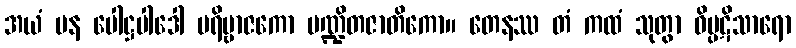
အယံ ပန ပေါဋ္ဌပါဒေါ ပရိဗ္ဗာဇကော ပဏ္ဍိတဇာတိကော။ တေနဿ တံ ကထံ သုတွာ ဝိပ္ပဋိသာရော